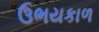
ઉભયકાળ